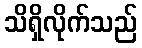
သိရှိလိုက်သည်